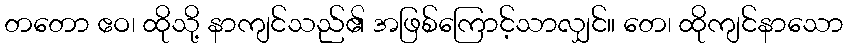
တတော ဧဝ၊ ထိုသို့ နာကျင်သည်၏ အဖြစ်ကြောင့်သာလျှင်။ တေ၊ ထိုကျင်နာသော